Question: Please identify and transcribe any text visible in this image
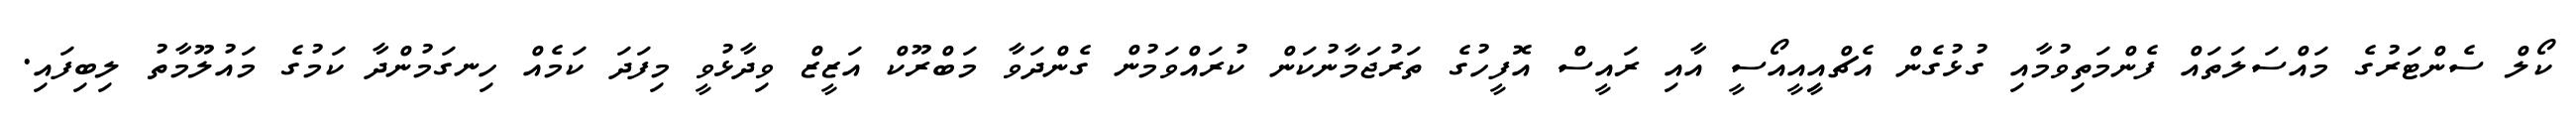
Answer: ކޯލް ސެންޓަރުގެ މައްސަލަތައް ފެންމަތިވުމާއި ގުޅުގެން އެޗްއިީއީއޯސީ އާއި ރައީސް އޮފީހުގެ ތަރުޖަމާނުކަން ކުރައްވަމުން ގެންދަވާ މަބްރޫކް އަޒީޒް ވިދާޅުވީ މިފަދަ ކަމެއް ހިނގަމުންދާ ކަމުގެ މައުލޫމާތު ލިބިފައި.